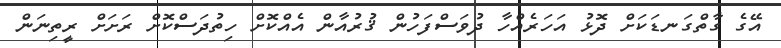
އޭގެ ގާތްގަނޑަކަށް ދޮޅު އަހަރެއްހާ ދުވަސްފަހުން ޤުރުއާން އެއްކޮށް ހިތުދަސްކޮށް ރަށަށް ރީތިނަން